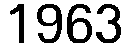
1963